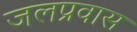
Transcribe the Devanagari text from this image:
जलप्रवास